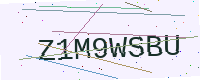
Text: Z1M9WSBU